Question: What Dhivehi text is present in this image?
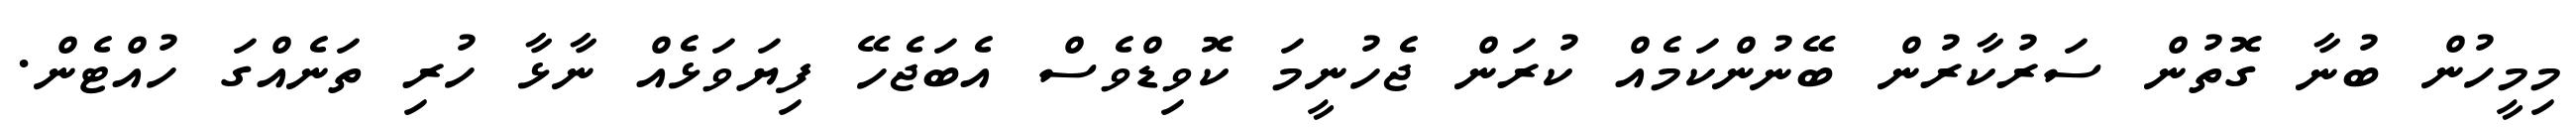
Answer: މިމީހުން ބުނާ ގޮތުން ސަރުކާރުން ބޭނުންކަމެއް ކުރަން ޖެހުނީމަ ކޮވިޑްވެސް އެބަޖެހޭ ފިޔަވަޅެއް ނާޅާ ހުރި ތަނެއްގަ ހުއްޓެން.